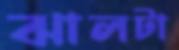
ঝালটা